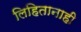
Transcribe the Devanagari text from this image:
लिहितानाही